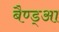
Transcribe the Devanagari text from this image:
बैण्ड्आ